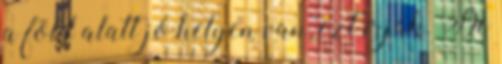
a föld alatt jó helyen van, ezt írják. De